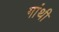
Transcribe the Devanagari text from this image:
गांथी